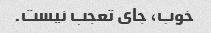
خوب، جای تعجب نیست.